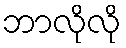
ဘာလိုလို